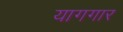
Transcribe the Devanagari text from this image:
यागगार